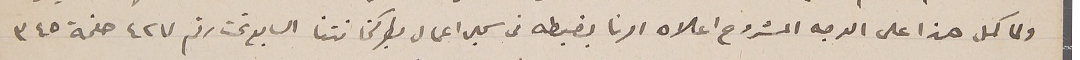
ولما كمل هذا على الوجه المشروع اعلاه امرنا بضبطه فى سجل اعمال بطركخانتنا السابع تحت رقم ٤٢٧ صفحة ٣٤٥